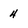
Character: 4